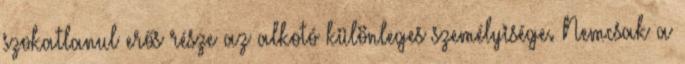
szokatlanul erős része az alkotó különleges személyisége. Nemcsak a